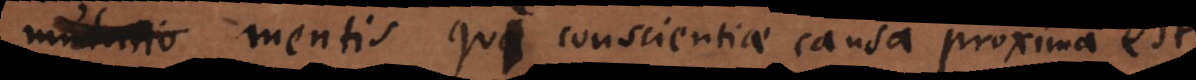
tatus mentis qui conscientiae causa proxima est.